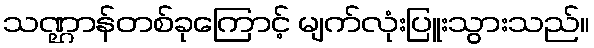
သဏ္ဌာန်တစ်ခုကြောင့် မျက်လုံးပြူးသွားသည်။